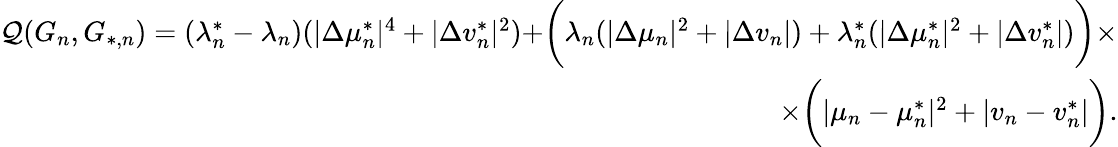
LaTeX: \begin{array}{r}{\mathcal{Q}(G_{n},G_{*,n})=(\lambda_{n}^{*}-\lambda_{n})(|\Delta\mu_{n}^{*}|^{4}+|\Delta v_{n}^{*}|^{2})+\biggr(\lambda_{n}(|\Delta\mu_{n}|^{2}+|\Delta v_{n}|)+\lambda_{n}^{*}(|\Delta\mu_{n}^{*}|^{2}+|\Delta v_{n}^{*}|)\biggr)\times}\\ {\times\biggr(|\mu_{n}-\mu_{n}^{*}|^{2}+|v_{n}-v_{n}^{*}|\biggr).}\end{array}